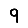
Digit: 9